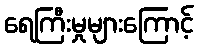
ရေကြီးမှုများကြောင့်